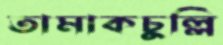
তামাকচুল্লি